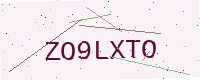
Text: ZO9LXTO